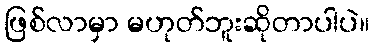
ဖြစ်လာမှာ မဟုတ်ဘူးဆိုတာပါပဲ။